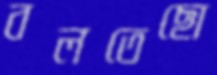
বলতেছো